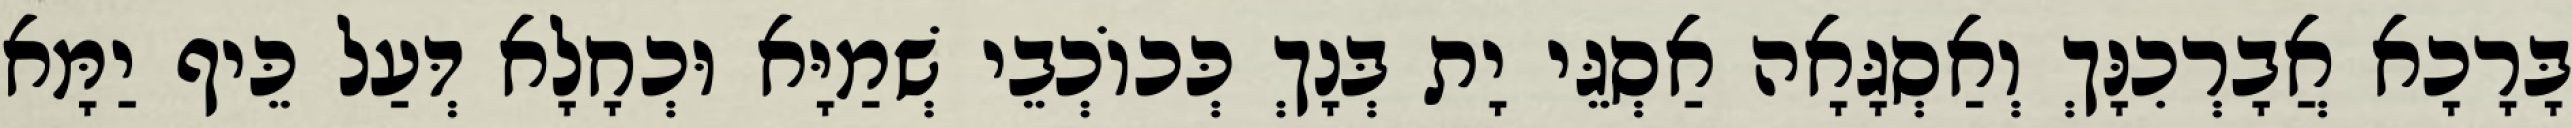
בָּרָכָא אֲבָרְכִנָּךְ וְאַסְגָּאָה אַסְגֵּי יָת בְּנָךְ כְּכוֹכְבֵי שְׁמַיָּא וּכְחָלָא דְּעַל כֵּיף יַמָּא